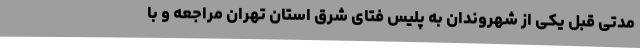
مدتی قبل یکی از شهروندان به پلیس فتای شرق استان تهران مراجعه و با